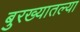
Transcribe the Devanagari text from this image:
बुरख्यातल्या